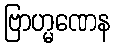
ဗြာဟ္မဏေန